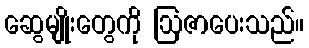
ဆွေမျိုးတွေကို ဩဇာပေးသည်။